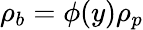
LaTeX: \rho_{b}=\phi(y)\rho_{p}